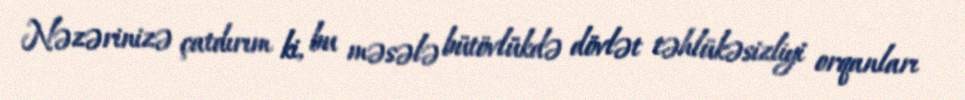
Nəzərinizə çatdırım ki, bu məsələ bütövlükdə dövlət təhlükəsizliyi orqanları